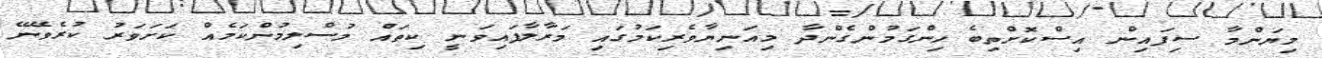
މިޔަންމާ ސިފައިން އިސްކޮށްތިބެ ހިންގަމުންގެންދާ މިއަނިޔާވެރިކަމުގައި މަރާލާފައިވަނީ ކިތައް މުސްލިމުންކަމެއް ކަށަވަރު ކުރެވޭނޭ